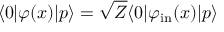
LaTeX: \langle 0 | \varphi ( x ) | p \rangle = { \sqrt { Z } } \langle 0 | \varphi _ { \mathrm { i n } } ( x ) | p \rangle